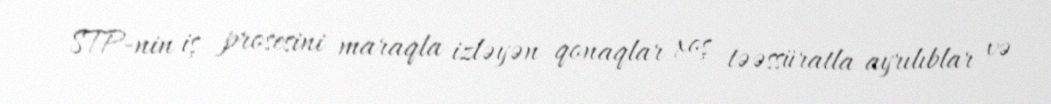
STP-nin iş prosesini maraqla izləyən qonaqlar xoş təəssüratla ayrılıblar və